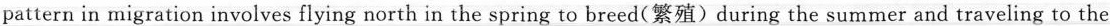
pattern in migration involves flying north in the spring to breed(繁殖) during the summer and traveling to the